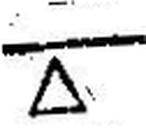
∆